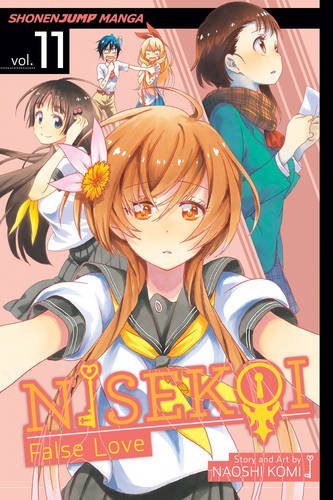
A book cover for Nisekoi: False Love, Vol. 11; Naoshi Komi; Comics & Graphic Novels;